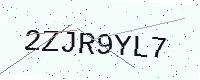
Text: 2ZJR9YL7